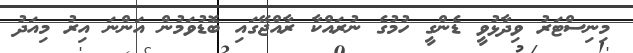
މިނިސްޓަރު ވިދާޅުވީ ޑެންގީ ހުމުގެ ނުރައްކާ ރާއްޖޭގައި ބޮޑުވަމުން އަންނަ އިރު މިއަދު